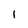
Character: i